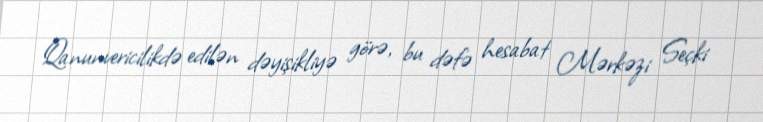
Qanunvericilikdə edilən dəyişikliyə görə, bu dəfə hesabat Mərkəzi Seçki